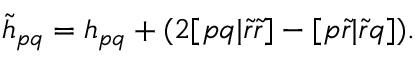
\begin{array} { r } { \tilde { h } _ { p q } = h _ { p q } + ( 2 [ p q | \tilde { r } \tilde { r } ] - [ p \tilde { r } | \tilde { r } q ] ) . } \end{array}